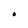
Character: O